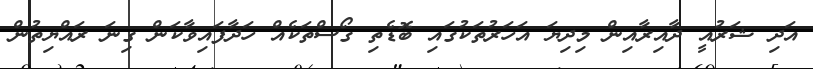
އަދި ޝަރުއީ ދާއިރާއިން މިދިޔަ އަހަރުތަކުގައި ބޮޑެތި ގޯސްތަކެއް ހަދާފައިވާކަން ގިނަ ރައްޔިތުން